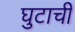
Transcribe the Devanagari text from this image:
घुटाची